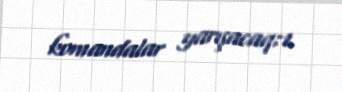
komandalar yarışacaq:1.